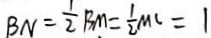
B N = \frac { 1 } { 2 } B M = \frac { 1 } { 2 } M C = 1